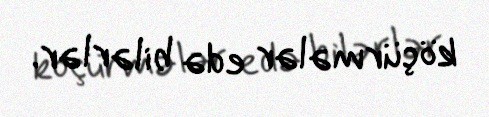
köçürmələr edə bilərlər.